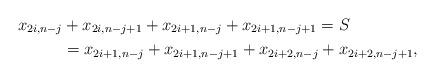
LaTeX: \begin{align*}x_{2i,n-j} &+ x_{2i,n-j+1} + x_{2i+1,n-j} + x_{2i+1,n-j+1} = S \\ &= x_{2i+1,n-j} + x_{2i+1,n-j+1} + x_{2i+2,n-j} + x_{2i+2,n-j+1},\end{align*}